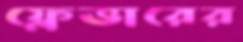
ফ্লেভারের